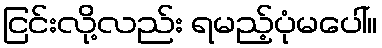
ငြင်းလို့လည်း ရမည့်ပုံမပေါ်။